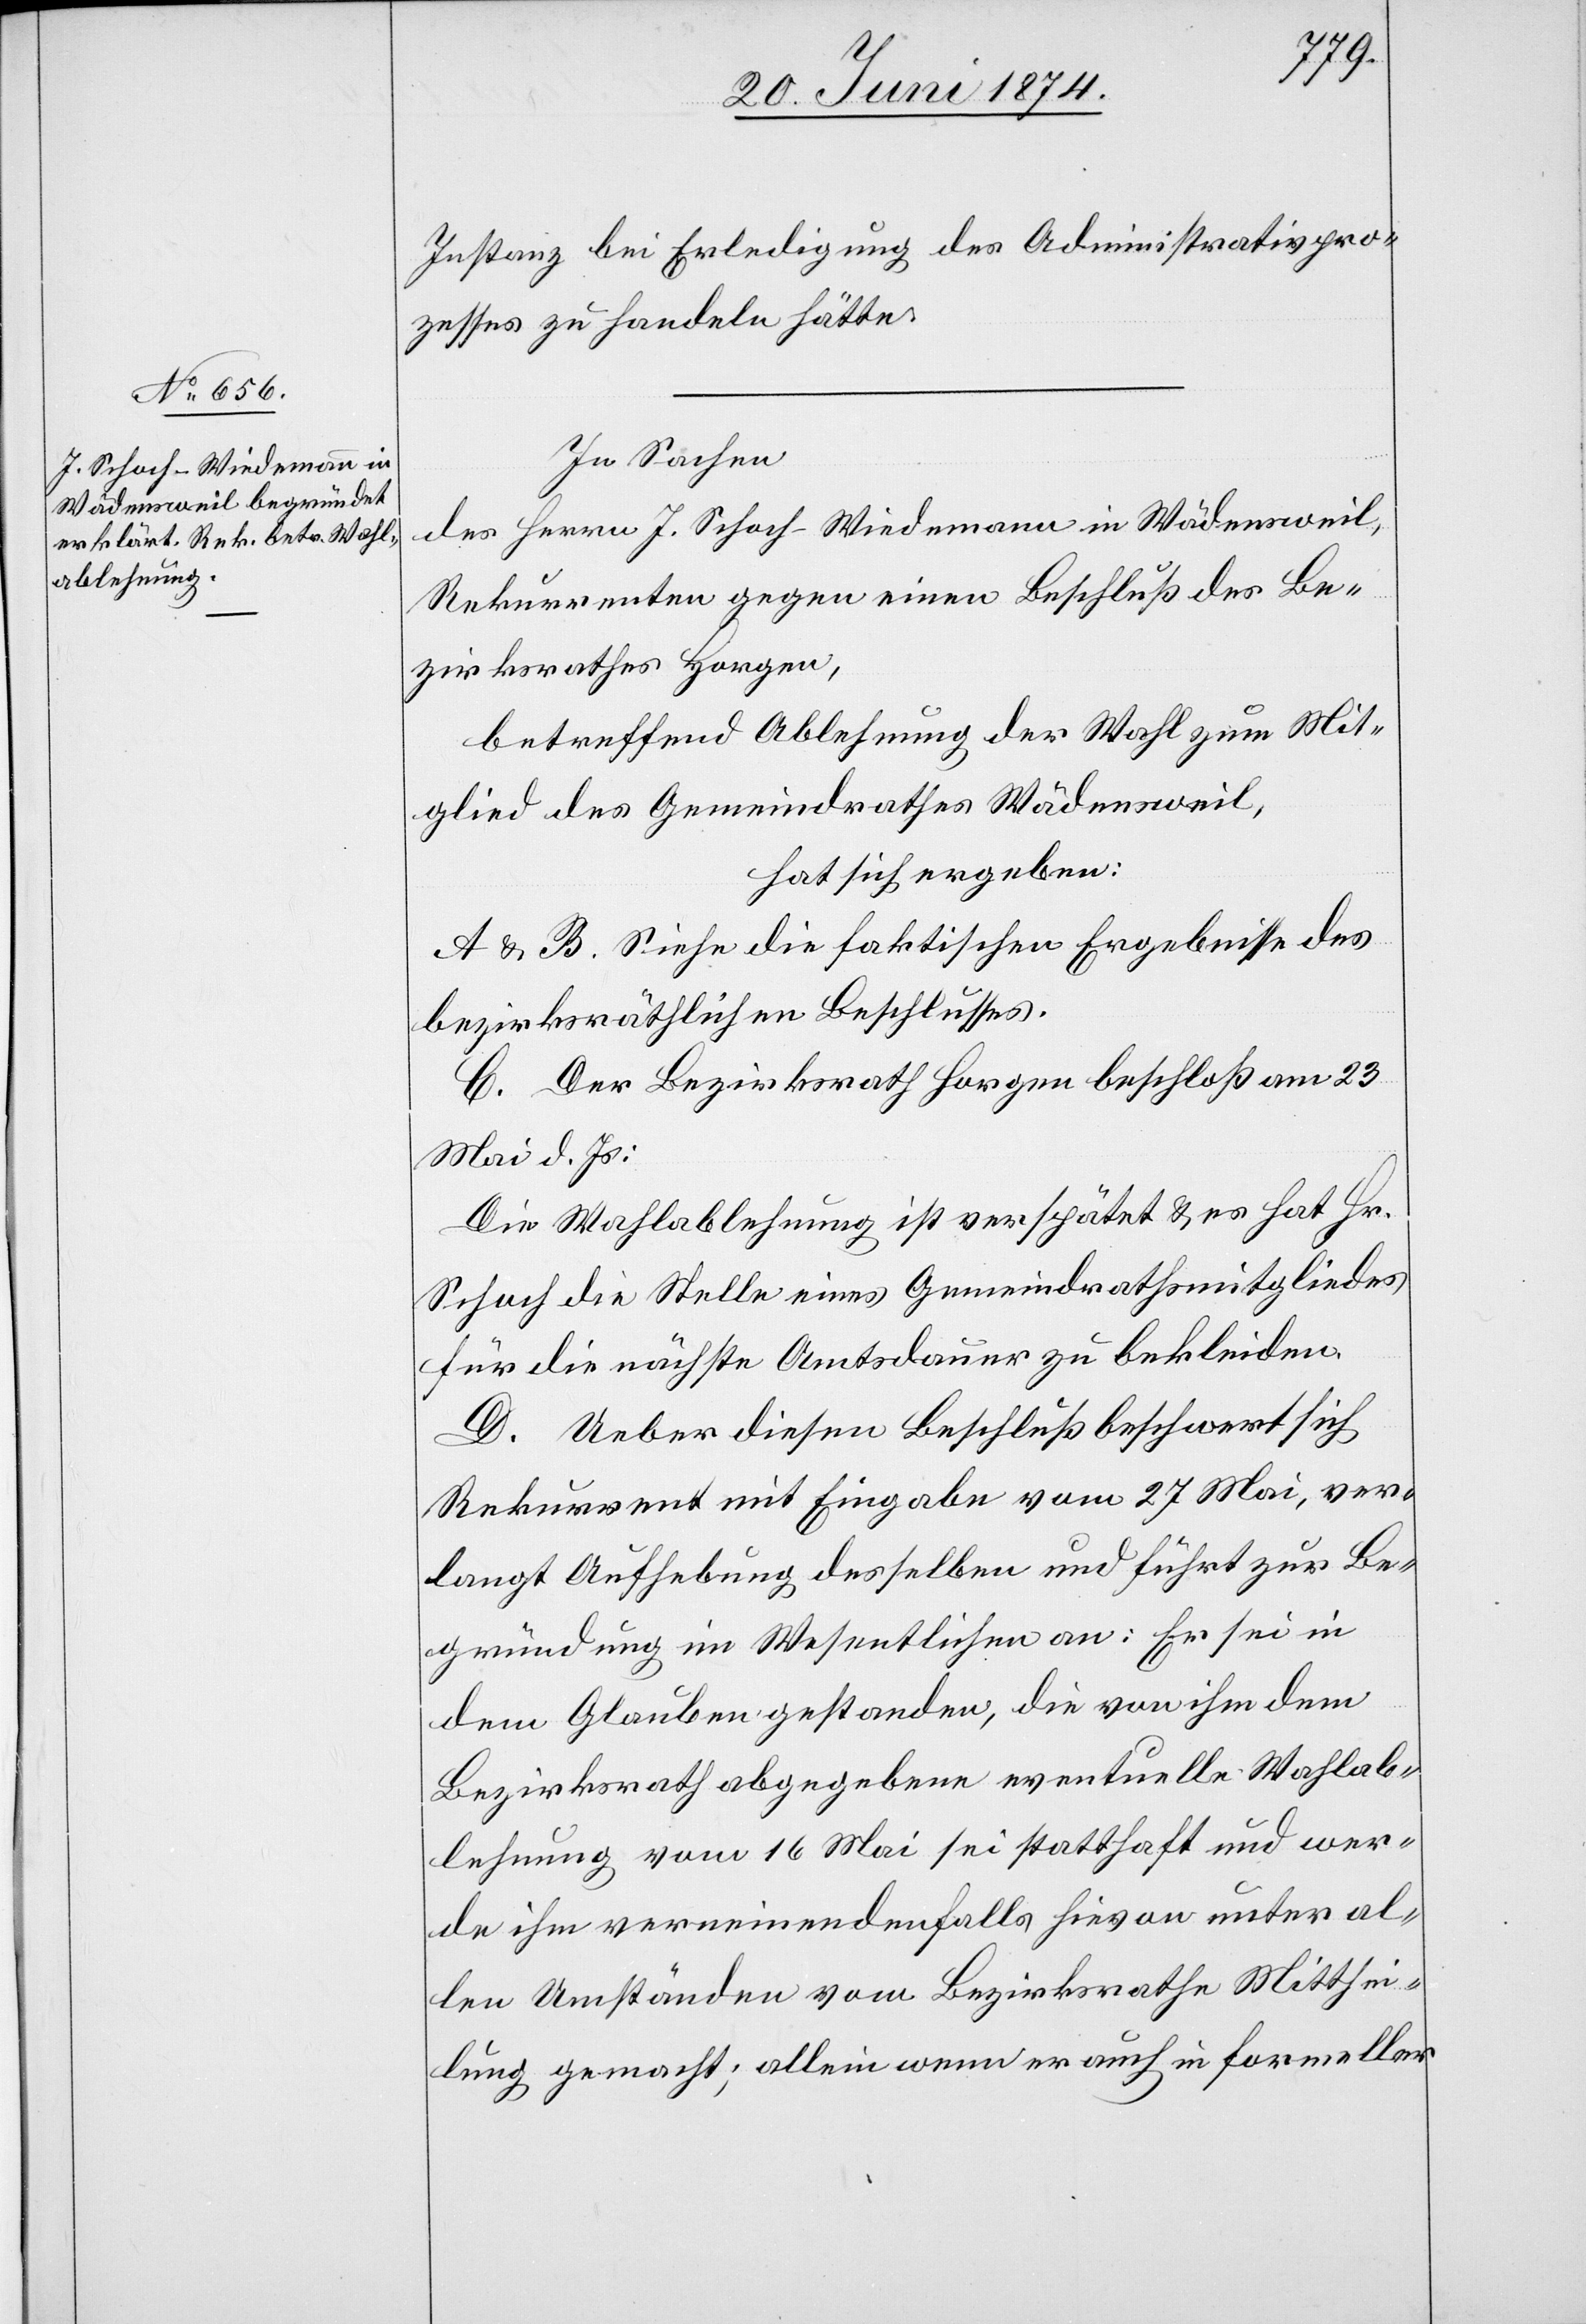
In Sachen
des Herrn J. Schoch-Wiedermann in Wädensweil,
Rekurrenten gegen einen Beschluß des Be¬
zirksrathes Horgen,
betreffend Ablehnung der Wahl zum Mit¬
glied des Gemeindrathes Wädensweil,
hat sich ergeben:
A u. B. Siehe die faktischen Ergebnisse des
bezirksräthlichen Beschlusses.
C. Der Bezirksrath Horgen beschloß am 23.
Mai d. Js.:
Die Wahlablehnung ist verspätet u. es hat Hr.
Schoch die Stelle eines Gemeindrathsmitgliedes
für die nächste Amtsdauer zu bekleiden.
D. Ueber diesen Beschluß beschwert sich
Rekurrent mit Eingabe vom 27. Mai, ver¬
langt Aufhebung desselben und führt zur Be¬
gründung im Wesentlichen an: Er sei in
dem Glauben gestanden, die von ihm dem
Bezirksrath abgegebene eventuelle Wahlab¬
lehnung vom 16. Mai sei statthaft und wer¬
de ihm verneinendenfalls hievon unter al¬
len Umständen vom Bezirksrathe Mitthei¬
lung gemacht; allein wenn er auch in formeller